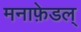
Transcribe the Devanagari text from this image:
मनाफ़ेडल्